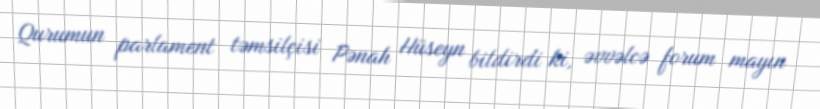
Qurumun parlament təmsilçisi Pənah Hüseyn bildirdi ki, əvvəlcə forum mayın